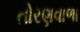
તોરણવાળા